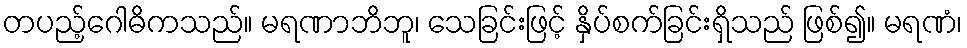
တပည့်ဂေါဓိကသည်။ မရဏာဘိဘူ၊ သေခြင်းဖြင့် နှိပ်စက်ခြင်းရှိသည် ဖြစ်၍။ မရဏံ၊